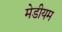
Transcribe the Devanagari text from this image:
मेडीयम